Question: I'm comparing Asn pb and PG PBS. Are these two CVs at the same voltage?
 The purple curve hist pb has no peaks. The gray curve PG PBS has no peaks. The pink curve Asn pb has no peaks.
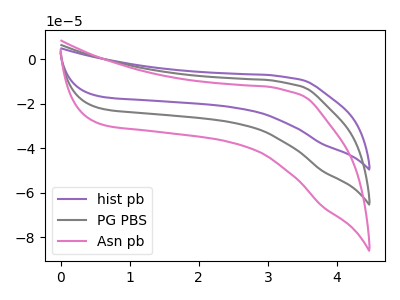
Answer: <think>Neither "Asn pb" or "PG PBS" have any peaks.
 </think>
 <answer>"Asn pb" and "PG PBS" are similar in shape.</answer>
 <eval>same_shape</eval>